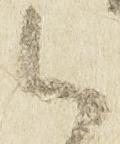
御